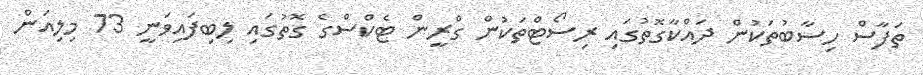
ތަފާސް ހިސާބުތަކުން ދައްކާގޮތުގައި ރިސޯޓްތަކުން ގްރީން ޓެކްސްގެ ގޮތުގައި ލިބިފައިވަނީ 73 މިލިއަން